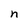
Character: n